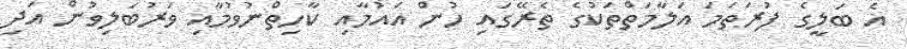
އެ ބަލީގެ ފުރަތަމަ އަލާމަތްތަކުގެ ތެރޭގައި ހުން އައުމާއި ކާހިތްނުވުމާއި ވަރުބަލިވުން އަދި